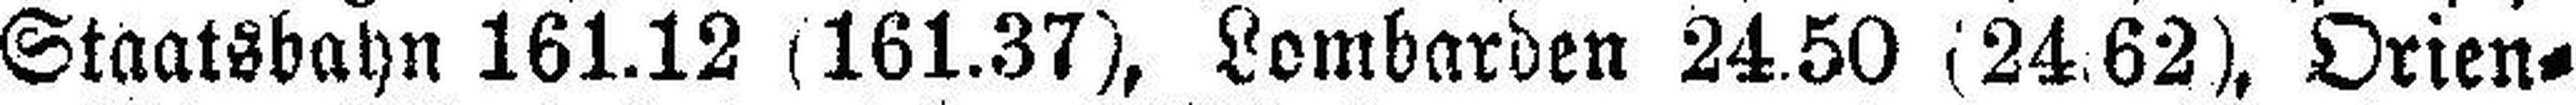
Staatsbayn 161.12 (161.37), Lombarden 24.50 (24.62), Orten¬